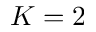
K = 2